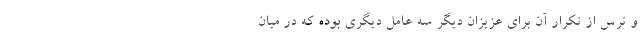
و ترس از تکرار آن برای عزیزان دیگر سه عامل دیگری بوده که در میان